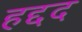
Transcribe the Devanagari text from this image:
हद्दद